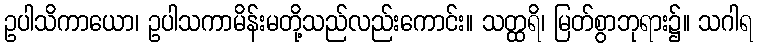
ဥပါသိကာယော၊ ဥပါသကာမိန်းမတို့သည်လည်းကောင်း။ သတ္ထရိ၊ မြတ်စွာဘုရား၌။ သဂါရ